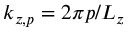
k _ { z , p } = 2 \pi p / L _ { z }